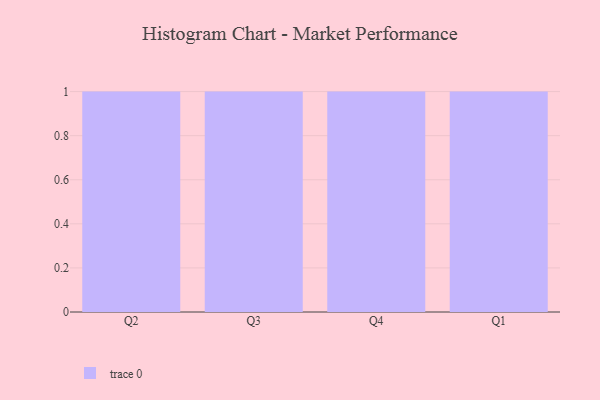
{"axis": {"x": "Quarter", "y": "Energy Usage (MWh)"}, "legend": [""], "data": [{"x": "Q2", "y": 23, "type": ""}, {"x": "Q3", "y": 80, "type": ""}, {"x": "Q4", "y": 33, "type": ""}, {"x": "Q1", "y": 53, "type": ""}]}